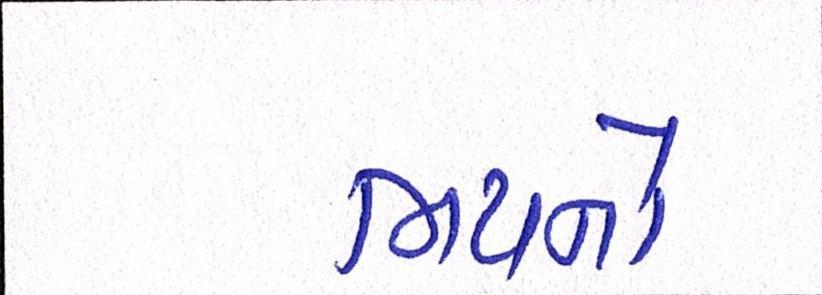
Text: ભયનો